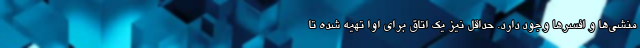
منشی‌ها و افسرها وجود دارد. حداقل نیز یک اتاق برای اوا تهیه شده تا